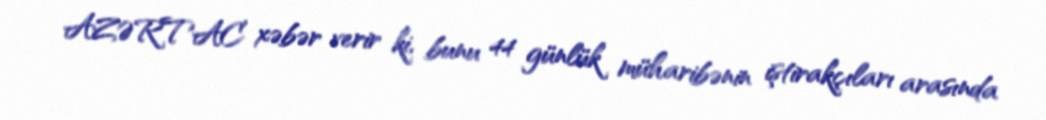
AZƏRTAC xəbər verir ki, bunu 44 günlük müharibənin iştirakçıları arasında